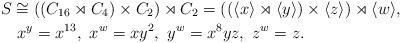
LaTeX: \begin{align*} S &\cong ((C_{16} \rtimes C_4) \times C_2) \rtimes C_2 = ((\langle x \rangle \rtimes \langle y \rangle) \times \langle z \rangle) \rtimes \langle w \rangle, \\ & \ x^y = x^{13}, \ x^w = xy^2, \ y^w = x^8yz, \ z^w = z.\end{align*}